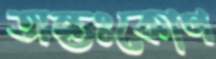
অন্তঃকোণ